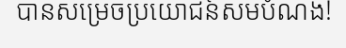
បានសម្រេចប្រយោជន៍សមបំណង!